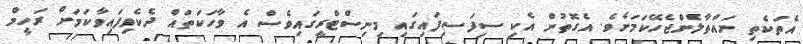
އެތަކެތި ނައްތާލެންޖެހޭކަމަށެވެ. އެގޮތުން އެކި ސިފަސިފައިގައި މިނިސްޓްރީގައިވެސް އެ ވާހަކަތައް ދެކެވިފައިވާކަމަށް ރަހީމް